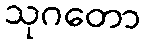
သုဂတော